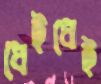
ধেইধেই